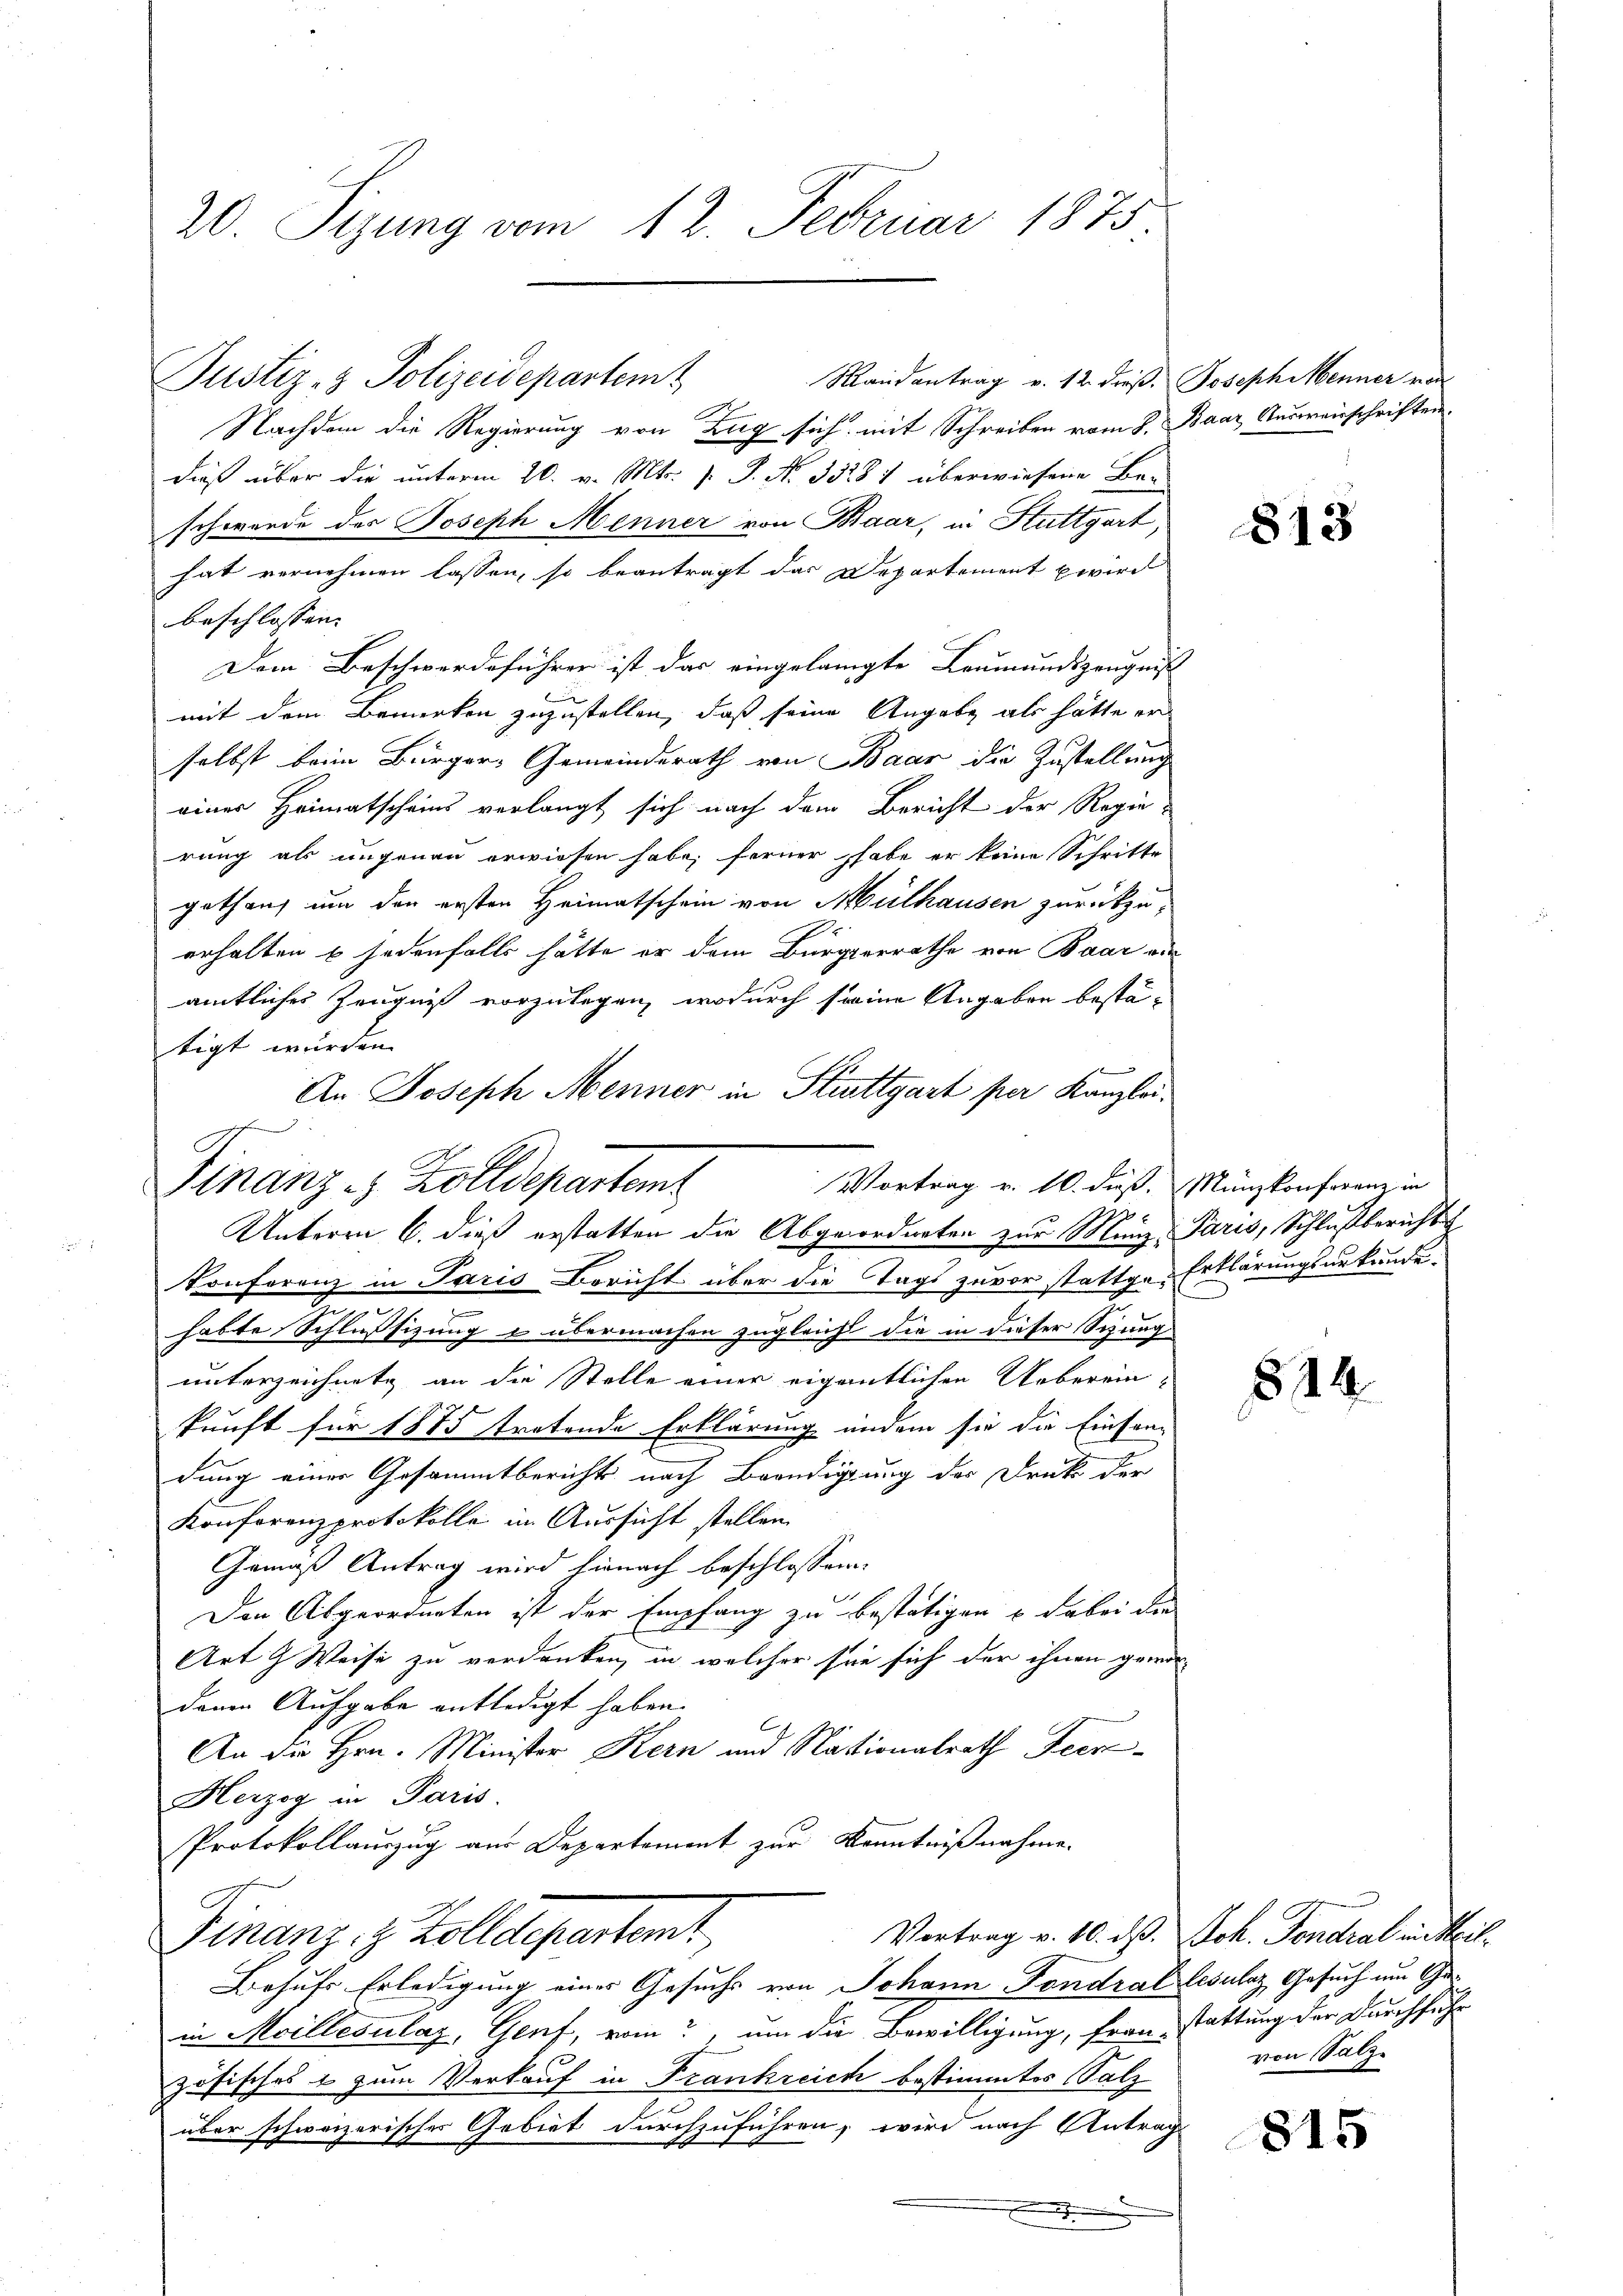
20. Sizung vom 12. Februar 1875.

Nachdem die Regierung von Zug sich mit Schreiben vom 8. Baar Ausweisschriften
dieß über die unterm 20. v. Mts. v. J. No 33281 überwiesene Ber
schwerde des Joseph Menner von Baar, in Stuttgart,
hat vernehmen lassen, so beantragt das Departement wird
beschlossen: |
Dem Beschwerdeführer ist das eingelangte Leumundszeugnis
mit dem Bemerken zuzustellen, daß seine Angabe als hätte er
selbst beim Bürger, Gemeinderath von Baar die Zustellung
einer Heimatscheins verlangt sich nach dem Bericht der Regierung als ungenau erwiesen habe; ferner habe er keine Schritte
gethan um den ersten Heimatschein von Mülhausen zurückzu-
erhalten 6 jedenfalls hätte er dem Bürgerrathe von Baar au
amtliches Zeugnis vorzulegen, wodurch seine Angaben bestätigt wurden.
An Joseph Menner in Stuttgart per Kanzlei.
Vortrag v. 16. dieß. Münzkonferenz in
x
Konferenz in Paris Bericht über die Tags zuvor stattge-Erklärungsurkunde
e
c
habte Schlusssizung u übermachen zugleicht die in dieser Sitzung
unterzeichnete an die Stelle einer eigentlichen Ueberein-
kunft für 1875 tretende Erklärung indem sie die Einsandung einer Gesammtbericht nach Beendigung der Druk der
Konforenzprotokolle in Aussicht stellen.
Gemäß Antrag wird hienach beschlossene
Den Abgeordneten ist der Empfang zu bestätigen u dabei die
Art & Weise zu verdanken, in welcher sie sich der ihnen gewor-
denen Aufgabe entledigt haben.
An die Hrn. Minister Kern und Nationalrath Feer
Herzog in Paris
Protokollauszug aus Departement zur Kenntnißnahme.
Vortrag v. 10. d. Joh. Fondral mitheil¬
Finanz, 9 Zolldepartamt
Behufs Erledigung eines Gesuchs von Johann Fondral Lesulaz Gesuch um Gein Moillevulaz, Genf, vom?, um die Bewilligung, frau stattung der Durchführ
zösisches & zum Verkauf in Frankreich bestimmtes Salz
über schweizerisches Gebiet durchzuführen, wird nach Antrag
.

B

Justiz- & Polizeidepartem

Finanz - Zolldepartem
Unterm 6. dieß erstatten die Abgeordneten zur Minz, Paris, Schlußberichts

Mandantrag v. 12. dieß. Joseph Menner von

813

814

von Salz¬

815